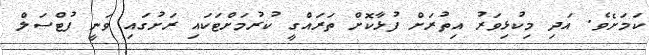
ކަމަށެވެ. އަދި މިކުޅިވަރު އިތުރަށް ފުޅާކޮށް ތަރައްގީ ކުރުމަށްޓަކައި ރަށުގައި ވަނީ ފުޓްސަލް